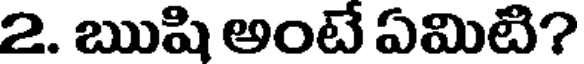
2. ఋషి అంటే ఏమిటి?